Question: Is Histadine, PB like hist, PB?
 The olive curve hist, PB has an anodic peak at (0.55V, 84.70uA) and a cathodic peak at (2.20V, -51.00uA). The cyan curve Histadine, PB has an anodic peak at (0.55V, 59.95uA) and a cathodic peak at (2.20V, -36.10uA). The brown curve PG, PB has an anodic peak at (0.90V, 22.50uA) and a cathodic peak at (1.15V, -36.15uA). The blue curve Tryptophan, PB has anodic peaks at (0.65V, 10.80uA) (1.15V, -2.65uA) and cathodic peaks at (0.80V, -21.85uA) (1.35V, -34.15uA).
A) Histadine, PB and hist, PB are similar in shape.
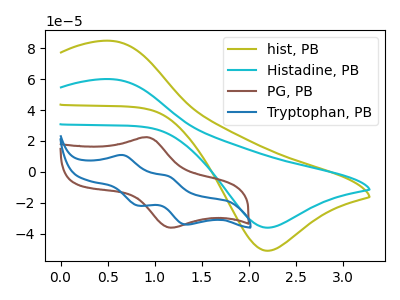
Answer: <think>All the peaks in "Histadine, PB" have a peak in "hist, PB" at the same potential. Every peak in "Histadine, PB" is lower than every peak in "hist, PB".
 </think>
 <answer>A) "Histadine, PB" and "hist, PB" are similar in shape.</answer>
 <eval>A</eval>